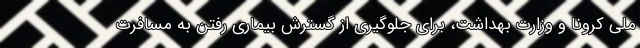
ملی کرونا و وزارت بهداشت، برای جلوگیری از گسترش بیماری رفتن به مسافرت